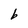
Character: b